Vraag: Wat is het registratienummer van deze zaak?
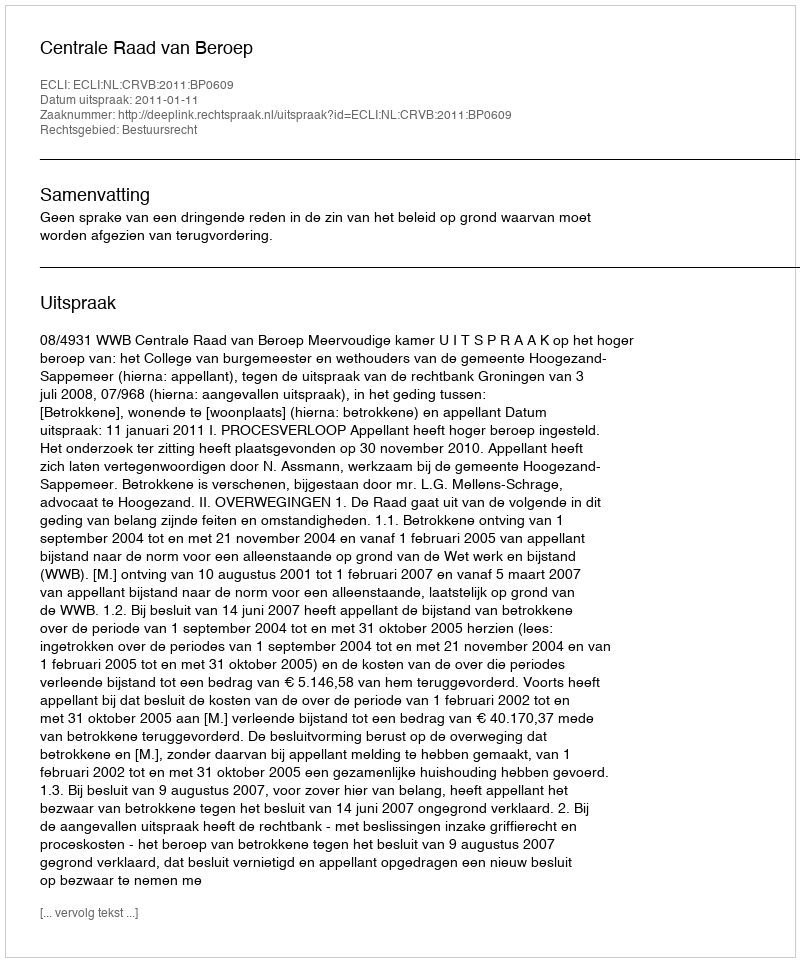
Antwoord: http://deeplink.rechtspraak.nl/uitspraak?id=ECLI:NL:CRVB:2011:BP0609